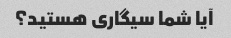
آیا شما سیگاری هستید؟